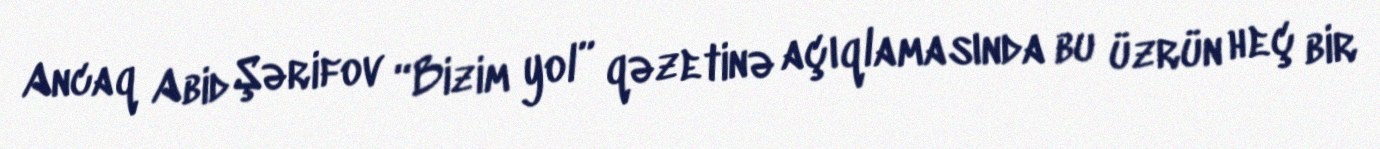
Ancaq Abid Şərifov “Bizim yol” qəzetinə açıqlamasında bu üzrün heç bir